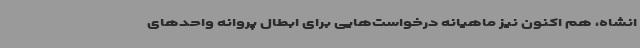
انشاه، هم اکنون نیز ماهیانه درخواست‌هایی برای ابطال پروانه واحدهای